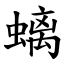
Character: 螭